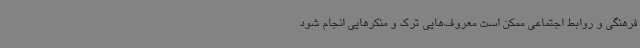
فرهنگی و روابط اجتماعی ممکن است معروف‌هایی ترک و منکرهایی انجام شود